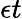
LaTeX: \epsilon t